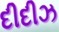
દીદીઝ